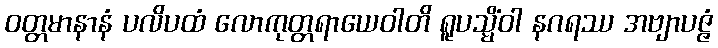
ဝတ္တမာနာနံ ပလိပထံ လောကုတ္တရာယေဝါတိ ရူပသ္မိံဝါ နဂရဿ အဗျာပဇ္ဇံ